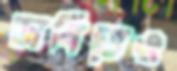
ডার্বিতেও